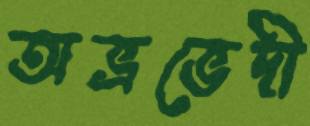
অভ্রভেদী